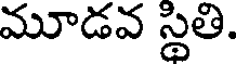
మూడవ స్థితి.